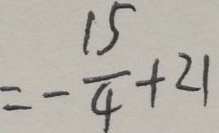
= - \frac { 1 5 } { 4 } + 2 1